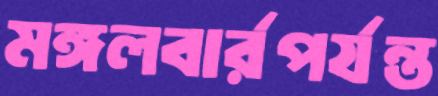
মঙ্গলবার্রপর্যন্ত